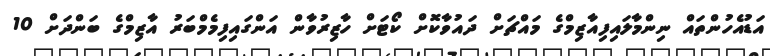
އަޑުއެހުންތައް ނިންމާލައިފިއާޒިމްގެ މައްޗަށް ދައުވާކޮށް ކޯޓަށް ހާޒިރުވާން އަންގައިފިމެމްބަރު އާޒިމްގެ ބަންދަށް 10